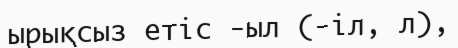
ырықсыз етіс -ыл (-іл, л),